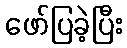
ဖော်ပြခဲ့ပြီး